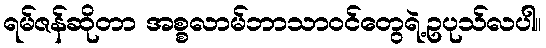
ရမ်ဇန်ဆိုတာ အစ္စလာမ်ဘာသာဝင်တွေရဲ့ဥပုသ်လပါ။